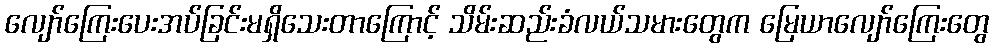
လျော်ကြေးပေးအပ်ခြင်းမရှိသေးတာကြောင့် သိမ်းဆည်းခံလယ်သမားတွေက မြေယာလျော်ကြေးတွေ